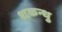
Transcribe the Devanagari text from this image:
शकन्धु